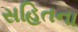
સહિતના